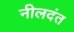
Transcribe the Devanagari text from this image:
नीलदंत